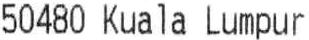
50480 KUALA LUMPUR